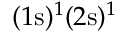
( 1 \mathrm { s } ) ^ { 1 } ( 2 \mathrm { s } ) ^ { 1 }